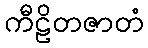
ကီဠိတဇာတံ